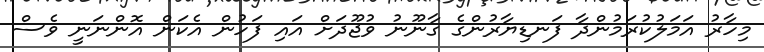
މިހާރު އަމަލުކުރަމުންދާ ފަނޑިޔާރުންގެ ގާނޫނު ވުޖޫދަށް އައި ފަހުން އެކަން އޮންނަނީ ވެސް